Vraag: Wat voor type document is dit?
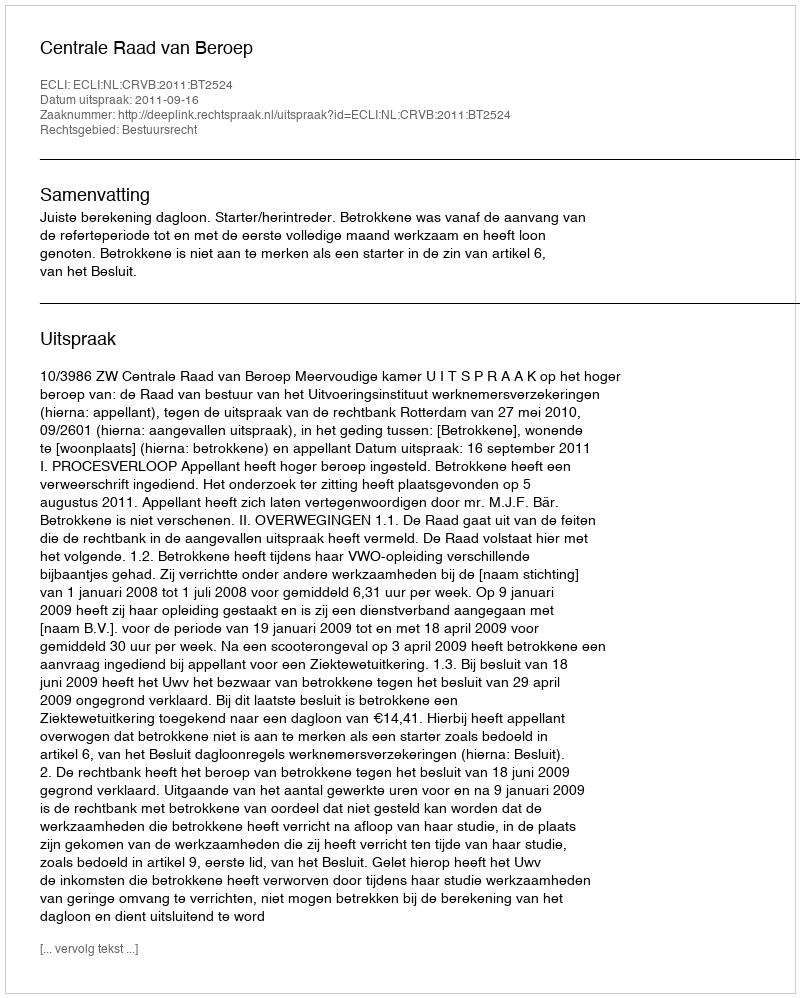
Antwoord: Uitspraak